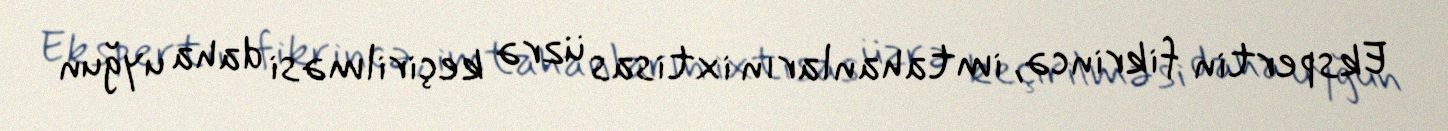
Ekspertin fikrincə, imtahanların ixtisas üzrə keçirilməsi daha uyğun